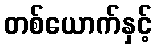
တစ်ယောက်နှင့်